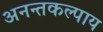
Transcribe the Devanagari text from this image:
अनन्तकल्पाय